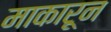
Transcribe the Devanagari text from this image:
माकारून